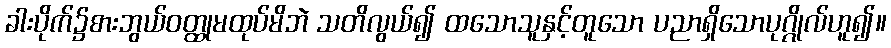
ခါးပိုက်၌စားဘွယ်ဝတ္ထုမထုပ်မိဘဲ သတိလွယ်၍ ထသောသူနှင့်တူသော ပညာရှိသောပုဂ္ဂိုလ်ဟူ၍။